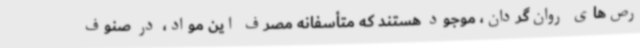
رص‌های روان‌گردان، موجود هستند که متأسفانه مصرف این مواد، در صنوف